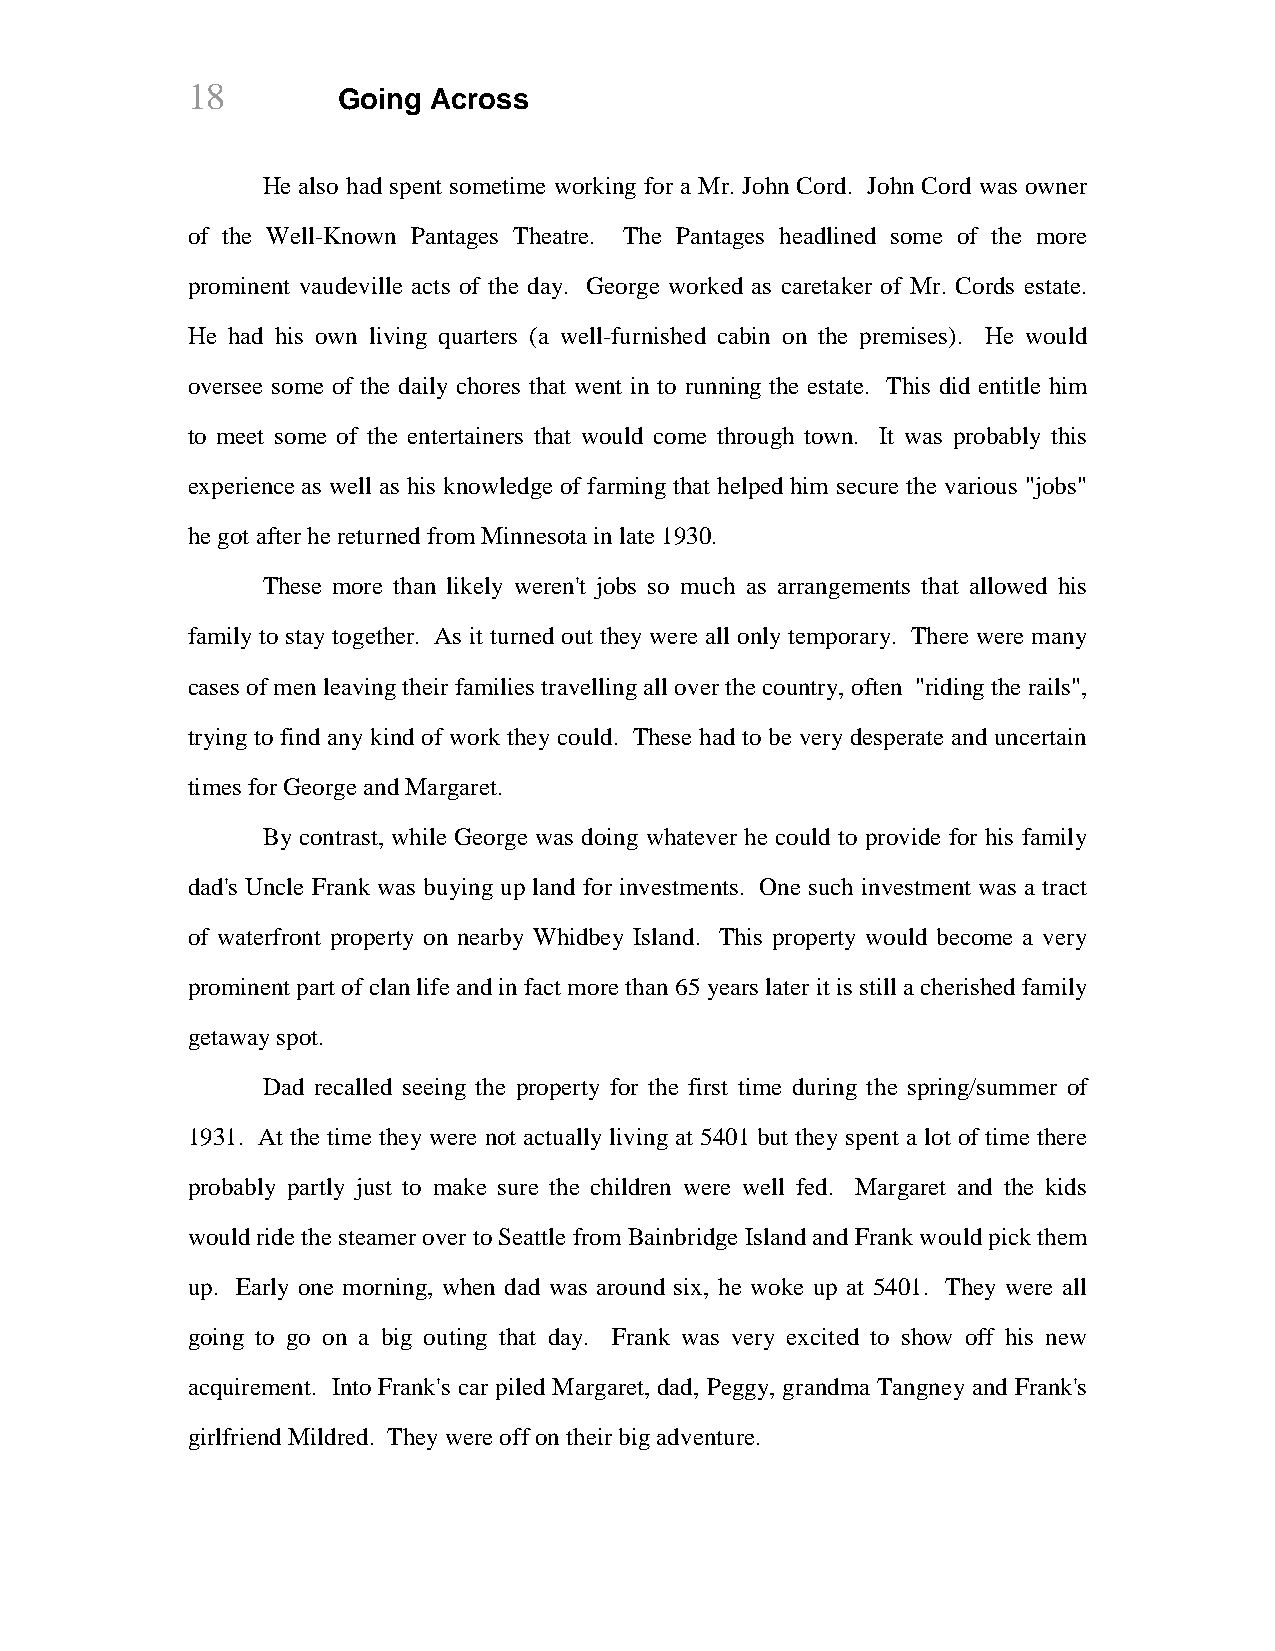
18        Going Across
 He also had spent sometime working for a Mr. John Cord. John Cord was owner
 of the Well-Known Pantages Theatre. The Pantages headlined some of the more
 prominent vaudeville acts of the day. George worked as caretaker of Mr. Cords estate.
 He had his own living quarters (a well-furnished cabin on the premises). He would
 oversee some of the daily chores that went in to running the estate. This did entitle him
 to meet some of the entertainers that would come through town. It was probably this
 experience as well as his knowledge of farming that helped him secure the various "jobs"
 he got after he returned from Minnesota in late 1930.
 These more than likely weren't jobs so much as arrangements that allowed his
 family to stay together. As it turned out they were all only temporary. There were many
 cases of men leaving their families travelling all over the country, often "riding the rails",
 trying to find any kind of work they could. These had to be very desperate and uncertain
 times for George and Margaret.
 By contrast, while George was doing whatever he could to provide for his family
 dad's Uncle Frank was buying up land for investments. One such investment was a tract
 of waterfront property on nearby Whidbey Island. This property would become a very
 prominent part of clan life and in fact more than 65 years later it is still a cherished family
 getaway spot.
 Dad recalled seeing the property for the first time during the spring/summer of
 1931. At the time they were not actually living at 5401 but they spent a lot of time there
 probably partly just to make sure the children were well fed. Margaret and the kids
 would ride the steamer over to Seattle from Bainbridge Island and Frank would pick them
 up. Early one morning, when dad was around six, he woke up at 5401. They were all
 going to go on a big outing that day. Frank was very excited to show off his new
 acquirement. Into Frank's car piled Margaret, dad, Peggy, grandma Tangney and Frank's
 girlfriend Mildred. They were off on their big adventure.